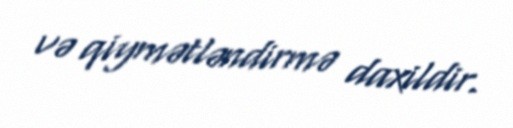
və qiymətləndirmə daxildir.